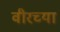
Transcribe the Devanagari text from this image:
वीरच्या